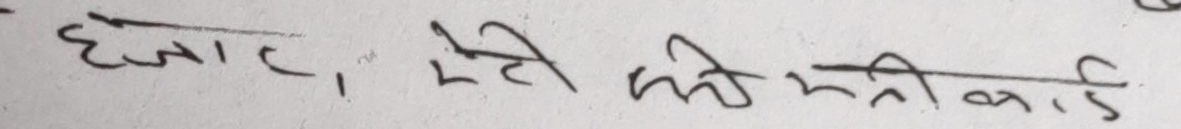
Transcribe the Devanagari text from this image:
हजार, मेरी मती कार्ड